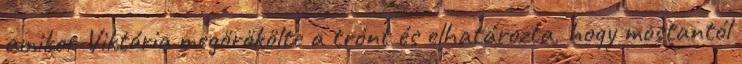
amikor Viktória megörökölte a trónt és elhatározta, hogy mostantól